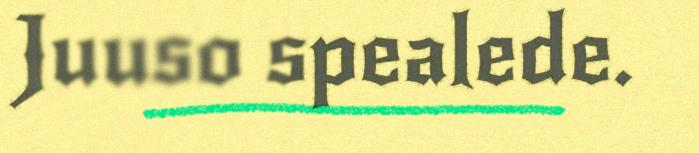
Juuso spealede.